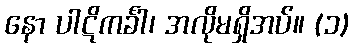
နော ပါဋိကင်္ခါ၊ အလိုမရှိအပ်။ (၁)